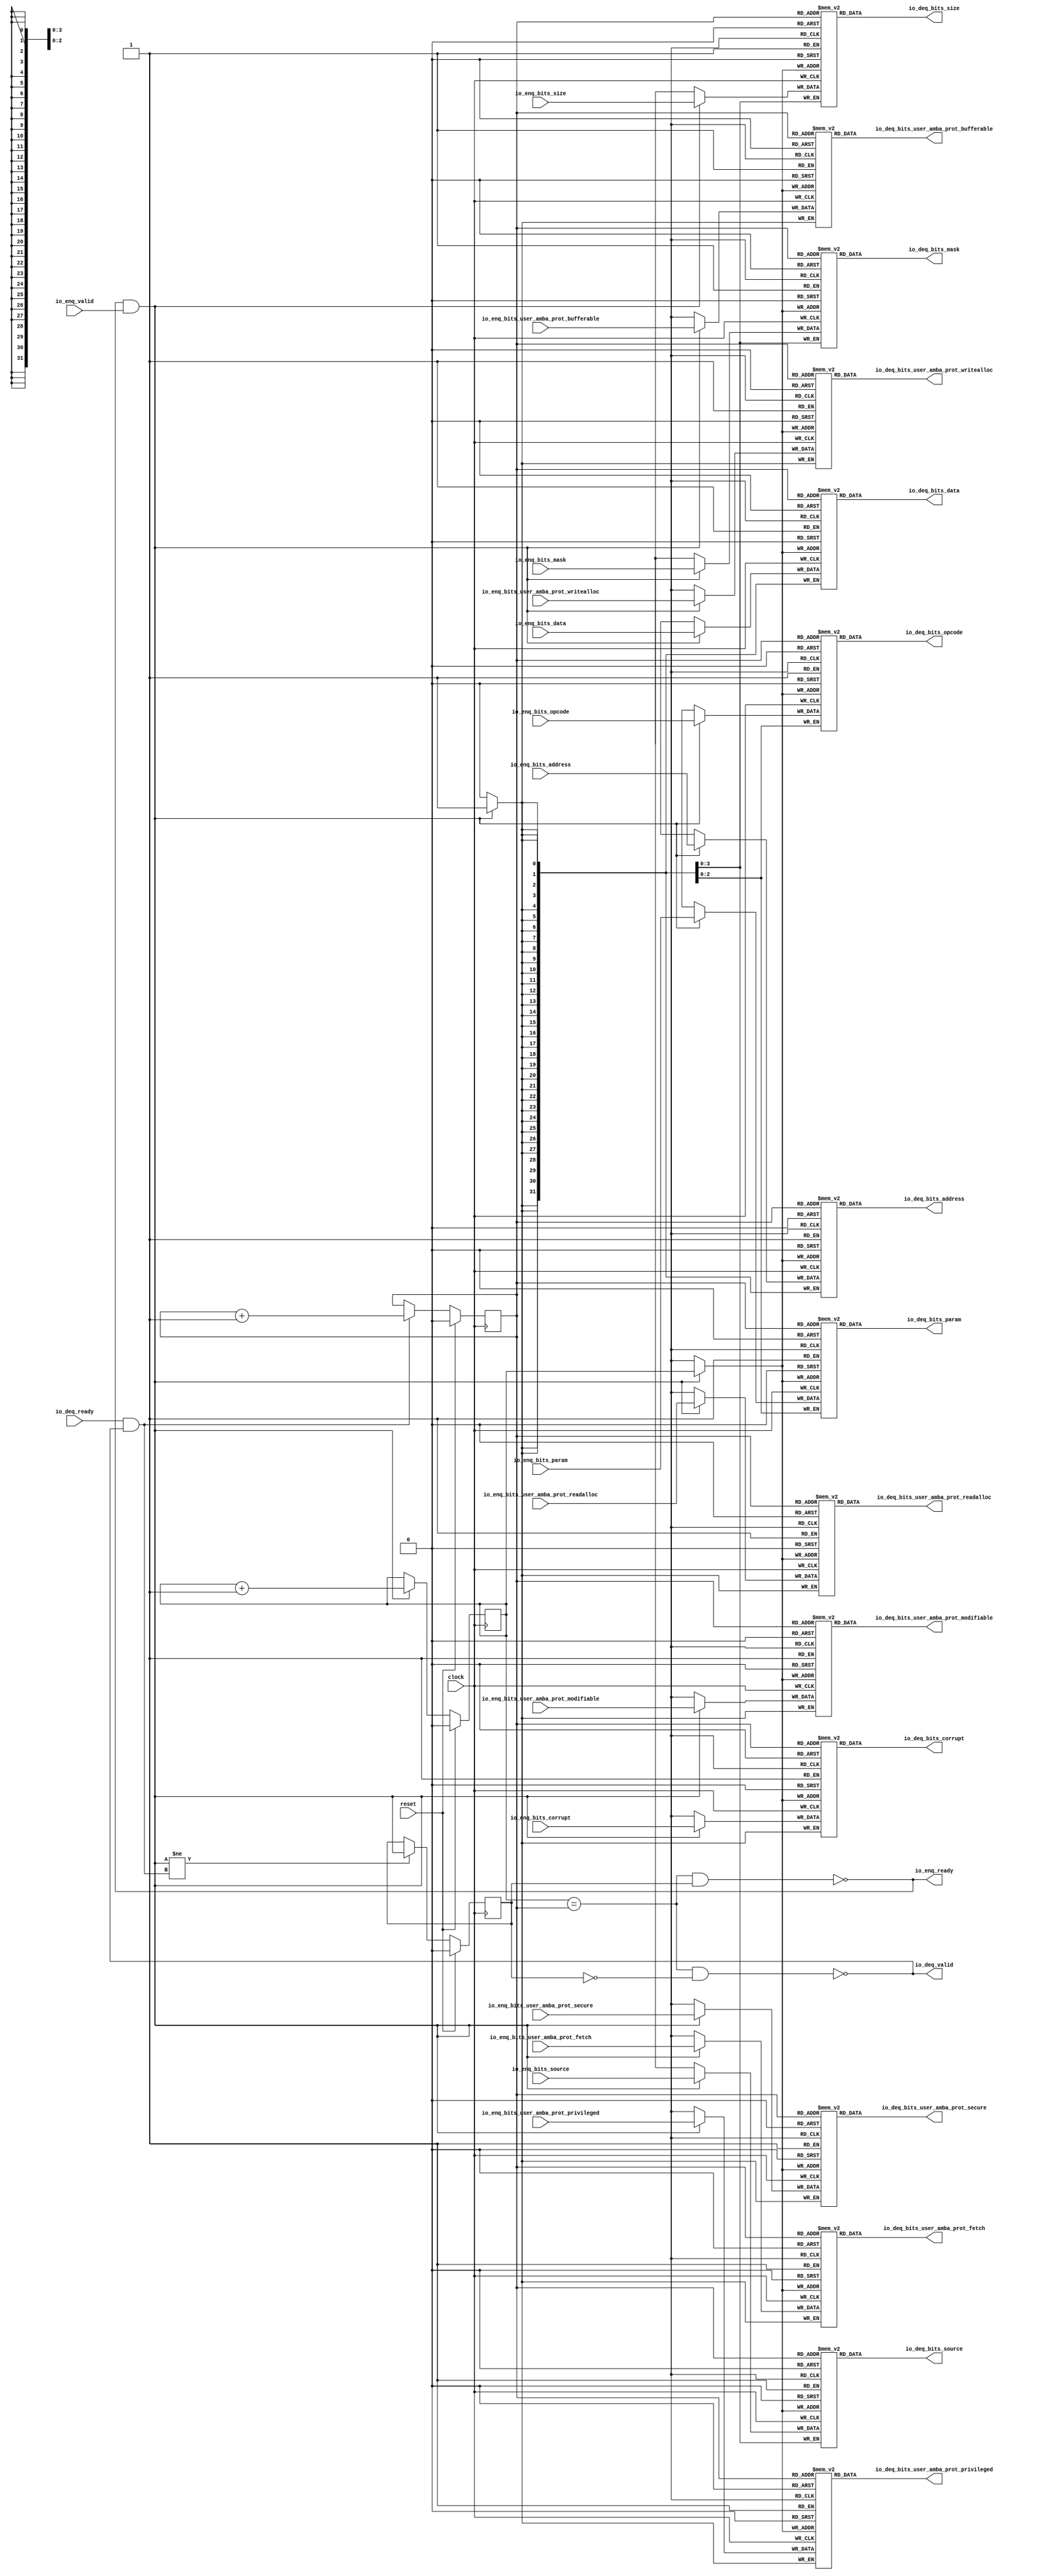
module Queue_12( // @[:freechips.rocketchip.system.DefaultRV32Config.fir@33282.2]
  input         clock, // @[:freechips.rocketchip.system.DefaultRV32Config.fir@33283.4]
  input         reset, // @[:freechips.rocketchip.system.DefaultRV32Config.fir@33284.4]
  output        io_enq_ready, // @[:freechips.rocketchip.system.DefaultRV32Config.fir@33285.4]
  input         io_enq_valid, // @[:freechips.rocketchip.system.DefaultRV32Config.fir@33285.4]
  input  [2:0]  io_enq_bits_opcode, // @[:freechips.rocketchip.system.DefaultRV32Config.fir@33285.4]
  input  [2:0]  io_enq_bits_param, // @[:freechips.rocketchip.system.DefaultRV32Config.fir@33285.4]
  input  [3:0]  io_enq_bits_size, // @[:freechips.rocketchip.system.DefaultRV32Config.fir@33285.4]
  input  [3:0]  io_enq_bits_source, // @[:freechips.rocketchip.system.DefaultRV32Config.fir@33285.4]
  input  [31:0] io_enq_bits_address, // @[:freechips.rocketchip.system.DefaultRV32Config.fir@33285.4]
  input         io_enq_bits_user_amba_prot_bufferable, // @[:freechips.rocketchip.system.DefaultRV32Config.fir@33285.4]
  input         io_enq_bits_user_amba_prot_modifiable, // @[:freechips.rocketchip.system.DefaultRV32Config.fir@33285.4]
  input         io_enq_bits_user_amba_prot_readalloc, // @[:freechips.rocketchip.system.DefaultRV32Config.fir@33285.4]
  input         io_enq_bits_user_amba_prot_writealloc, // @[:freechips.rocketchip.system.DefaultRV32Config.fir@33285.4]
  input         io_enq_bits_user_amba_prot_privileged, // @[:freechips.rocketchip.system.DefaultRV32Config.fir@33285.4]
  input         io_enq_bits_user_amba_prot_secure, // @[:freechips.rocketchip.system.DefaultRV32Config.fir@33285.4]
  input         io_enq_bits_user_amba_prot_fetch, // @[:freechips.rocketchip.system.DefaultRV32Config.fir@33285.4]
  input  [3:0]  io_enq_bits_mask, // @[:freechips.rocketchip.system.DefaultRV32Config.fir@33285.4]
  input  [31:0] io_enq_bits_data, // @[:freechips.rocketchip.system.DefaultRV32Config.fir@33285.4]
  input         io_enq_bits_corrupt, // @[:freechips.rocketchip.system.DefaultRV32Config.fir@33285.4]
  input         io_deq_ready, // @[:freechips.rocketchip.system.DefaultRV32Config.fir@33285.4]
  output        io_deq_valid, // @[:freechips.rocketchip.system.DefaultRV32Config.fir@33285.4]
  output [2:0]  io_deq_bits_opcode, // @[:freechips.rocketchip.system.DefaultRV32Config.fir@33285.4]
  output [2:0]  io_deq_bits_param, // @[:freechips.rocketchip.system.DefaultRV32Config.fir@33285.4]
  output [3:0]  io_deq_bits_size, // @[:freechips.rocketchip.system.DefaultRV32Config.fir@33285.4]
  output [3:0]  io_deq_bits_source, // @[:freechips.rocketchip.system.DefaultRV32Config.fir@33285.4]
  output [31:0] io_deq_bits_address, // @[:freechips.rocketchip.system.DefaultRV32Config.fir@33285.4]
  output        io_deq_bits_user_amba_prot_bufferable, // @[:freechips.rocketchip.system.DefaultRV32Config.fir@33285.4]
  output        io_deq_bits_user_amba_prot_modifiable, // @[:freechips.rocketchip.system.DefaultRV32Config.fir@33285.4]
  output        io_deq_bits_user_amba_prot_readalloc, // @[:freechips.rocketchip.system.DefaultRV32Config.fir@33285.4]
  output        io_deq_bits_user_amba_prot_writealloc, // @[:freechips.rocketchip.system.DefaultRV32Config.fir@33285.4]
  output        io_deq_bits_user_amba_prot_privileged, // @[:freechips.rocketchip.system.DefaultRV32Config.fir@33285.4]
  output        io_deq_bits_user_amba_prot_secure, // @[:freechips.rocketchip.system.DefaultRV32Config.fir@33285.4]
  output        io_deq_bits_user_amba_prot_fetch, // @[:freechips.rocketchip.system.DefaultRV32Config.fir@33285.4]
  output [3:0]  io_deq_bits_mask, // @[:freechips.rocketchip.system.DefaultRV32Config.fir@33285.4]
  output [31:0] io_deq_bits_data, // @[:freechips.rocketchip.system.DefaultRV32Config.fir@33285.4]
  output        io_deq_bits_corrupt // @[:freechips.rocketchip.system.DefaultRV32Config.fir@33285.4]
);
`ifdef RANDOMIZE_MEM_INIT
  reg [31:0] _RAND_0;
  reg [31:0] _RAND_1;
  reg [31:0] _RAND_2;
  reg [31:0] _RAND_3;
  reg [31:0] _RAND_4;
  reg [31:0] _RAND_5;
  reg [31:0] _RAND_6;
  reg [31:0] _RAND_7;
  reg [31:0] _RAND_8;
  reg [31:0] _RAND_9;
  reg [31:0] _RAND_10;
  reg [31:0] _RAND_11;
  reg [31:0] _RAND_12;
  reg [31:0] _RAND_13;
  reg [31:0] _RAND_14;
`endif // RANDOMIZE_MEM_INIT
`ifdef RANDOMIZE_REG_INIT
  reg [31:0] _RAND_15;
  reg [31:0] _RAND_16;
  reg [31:0] _RAND_17;
`endif // RANDOMIZE_REG_INIT
  reg [2:0] ram_opcode [0:1]; // @[Decoupled.scala 209:16:freechips.rocketchip.system.DefaultRV32Config.fir@33287.4]
  wire [2:0] ram_opcode__T_15_data; // @[Decoupled.scala 209:16:freechips.rocketchip.system.DefaultRV32Config.fir@33287.4]
  wire  ram_opcode__T_15_addr; // @[Decoupled.scala 209:16:freechips.rocketchip.system.DefaultRV32Config.fir@33287.4]
  wire [2:0] ram_opcode__T_5_data; // @[Decoupled.scala 209:16:freechips.rocketchip.system.DefaultRV32Config.fir@33287.4]
  wire  ram_opcode__T_5_addr; // @[Decoupled.scala 209:16:freechips.rocketchip.system.DefaultRV32Config.fir@33287.4]
  wire  ram_opcode__T_5_mask; // @[Decoupled.scala 209:16:freechips.rocketchip.system.DefaultRV32Config.fir@33287.4]
  wire  ram_opcode__T_5_en; // @[Decoupled.scala 209:16:freechips.rocketchip.system.DefaultRV32Config.fir@33287.4]
  reg [2:0] ram_param [0:1]; // @[Decoupled.scala 209:16:freechips.rocketchip.system.DefaultRV32Config.fir@33287.4]
  wire [2:0] ram_param__T_15_data; // @[Decoupled.scala 209:16:freechips.rocketchip.system.DefaultRV32Config.fir@33287.4]
  wire  ram_param__T_15_addr; // @[Decoupled.scala 209:16:freechips.rocketchip.system.DefaultRV32Config.fir@33287.4]
  wire [2:0] ram_param__T_5_data; // @[Decoupled.scala 209:16:freechips.rocketchip.system.DefaultRV32Config.fir@33287.4]
  wire  ram_param__T_5_addr; // @[Decoupled.scala 209:16:freechips.rocketchip.system.DefaultRV32Config.fir@33287.4]
  wire  ram_param__T_5_mask; // @[Decoupled.scala 209:16:freechips.rocketchip.system.DefaultRV32Config.fir@33287.4]
  wire  ram_param__T_5_en; // @[Decoupled.scala 209:16:freechips.rocketchip.system.DefaultRV32Config.fir@33287.4]
  reg [3:0] ram_size [0:1]; // @[Decoupled.scala 209:16:freechips.rocketchip.system.DefaultRV32Config.fir@33287.4]
  wire [3:0] ram_size__T_15_data; // @[Decoupled.scala 209:16:freechips.rocketchip.system.DefaultRV32Config.fir@33287.4]
  wire  ram_size__T_15_addr; // @[Decoupled.scala 209:16:freechips.rocketchip.system.DefaultRV32Config.fir@33287.4]
  wire [3:0] ram_size__T_5_data; // @[Decoupled.scala 209:16:freechips.rocketchip.system.DefaultRV32Config.fir@33287.4]
  wire  ram_size__T_5_addr; // @[Decoupled.scala 209:16:freechips.rocketchip.system.DefaultRV32Config.fir@33287.4]
  wire  ram_size__T_5_mask; // @[Decoupled.scala 209:16:freechips.rocketchip.system.DefaultRV32Config.fir@33287.4]
  wire  ram_size__T_5_en; // @[Decoupled.scala 209:16:freechips.rocketchip.system.DefaultRV32Config.fir@33287.4]
  reg [3:0] ram_source [0:1]; // @[Decoupled.scala 209:16:freechips.rocketchip.system.DefaultRV32Config.fir@33287.4]
  wire [3:0] ram_source__T_15_data; // @[Decoupled.scala 209:16:freechips.rocketchip.system.DefaultRV32Config.fir@33287.4]
  wire  ram_source__T_15_addr; // @[Decoupled.scala 209:16:freechips.rocketchip.system.DefaultRV32Config.fir@33287.4]
  wire [3:0] ram_source__T_5_data; // @[Decoupled.scala 209:16:freechips.rocketchip.system.DefaultRV32Config.fir@33287.4]
  wire  ram_source__T_5_addr; // @[Decoupled.scala 209:16:freechips.rocketchip.system.DefaultRV32Config.fir@33287.4]
  wire  ram_source__T_5_mask; // @[Decoupled.scala 209:16:freechips.rocketchip.system.DefaultRV32Config.fir@33287.4]
  wire  ram_source__T_5_en; // @[Decoupled.scala 209:16:freechips.rocketchip.system.DefaultRV32Config.fir@33287.4]
  reg [31:0] ram_address [0:1]; // @[Decoupled.scala 209:16:freechips.rocketchip.system.DefaultRV32Config.fir@33287.4]
  wire [31:0] ram_address__T_15_data; // @[Decoupled.scala 209:16:freechips.rocketchip.system.DefaultRV32Config.fir@33287.4]
  wire  ram_address__T_15_addr; // @[Decoupled.scala 209:16:freechips.rocketchip.system.DefaultRV32Config.fir@33287.4]
  wire [31:0] ram_address__T_5_data; // @[Decoupled.scala 209:16:freechips.rocketchip.system.DefaultRV32Config.fir@33287.4]
  wire  ram_address__T_5_addr; // @[Decoupled.scala 209:16:freechips.rocketchip.system.DefaultRV32Config.fir@33287.4]
  wire  ram_address__T_5_mask; // @[Decoupled.scala 209:16:freechips.rocketchip.system.DefaultRV32Config.fir@33287.4]
  wire  ram_address__T_5_en; // @[Decoupled.scala 209:16:freechips.rocketchip.system.DefaultRV32Config.fir@33287.4]
  reg  ram_user_amba_prot_bufferable [0:1]; // @[Decoupled.scala 209:16:freechips.rocketchip.system.DefaultRV32Config.fir@33287.4]
  wire  ram_user_amba_prot_bufferable__T_15_data; // @[Decoupled.scala 209:16:freechips.rocketchip.system.DefaultRV32Config.fir@33287.4]
  wire  ram_user_amba_prot_bufferable__T_15_addr; // @[Decoupled.scala 209:16:freechips.rocketchip.system.DefaultRV32Config.fir@33287.4]
  wire  ram_user_amba_prot_bufferable__T_5_data; // @[Decoupled.scala 209:16:freechips.rocketchip.system.DefaultRV32Config.fir@33287.4]
  wire  ram_user_amba_prot_bufferable__T_5_addr; // @[Decoupled.scala 209:16:freechips.rocketchip.system.DefaultRV32Config.fir@33287.4]
  wire  ram_user_amba_prot_bufferable__T_5_mask; // @[Decoupled.scala 209:16:freechips.rocketchip.system.DefaultRV32Config.fir@33287.4]
  wire  ram_user_amba_prot_bufferable__T_5_en; // @[Decoupled.scala 209:16:freechips.rocketchip.system.DefaultRV32Config.fir@33287.4]
  reg  ram_user_amba_prot_modifiable [0:1]; // @[Decoupled.scala 209:16:freechips.rocketchip.system.DefaultRV32Config.fir@33287.4]
  wire  ram_user_amba_prot_modifiable__T_15_data; // @[Decoupled.scala 209:16:freechips.rocketchip.system.DefaultRV32Config.fir@33287.4]
  wire  ram_user_amba_prot_modifiable__T_15_addr; // @[Decoupled.scala 209:16:freechips.rocketchip.system.DefaultRV32Config.fir@33287.4]
  wire  ram_user_amba_prot_modifiable__T_5_data; // @[Decoupled.scala 209:16:freechips.rocketchip.system.DefaultRV32Config.fir@33287.4]
  wire  ram_user_amba_prot_modifiable__T_5_addr; // @[Decoupled.scala 209:16:freechips.rocketchip.system.DefaultRV32Config.fir@33287.4]
  wire  ram_user_amba_prot_modifiable__T_5_mask; // @[Decoupled.scala 209:16:freechips.rocketchip.system.DefaultRV32Config.fir@33287.4]
  wire  ram_user_amba_prot_modifiable__T_5_en; // @[Decoupled.scala 209:16:freechips.rocketchip.system.DefaultRV32Config.fir@33287.4]
  reg  ram_user_amba_prot_readalloc [0:1]; // @[Decoupled.scala 209:16:freechips.rocketchip.system.DefaultRV32Config.fir@33287.4]
  wire  ram_user_amba_prot_readalloc__T_15_data; // @[Decoupled.scala 209:16:freechips.rocketchip.system.DefaultRV32Config.fir@33287.4]
  wire  ram_user_amba_prot_readalloc__T_15_addr; // @[Decoupled.scala 209:16:freechips.rocketchip.system.DefaultRV32Config.fir@33287.4]
  wire  ram_user_amba_prot_readalloc__T_5_data; // @[Decoupled.scala 209:16:freechips.rocketchip.system.DefaultRV32Config.fir@33287.4]
  wire  ram_user_amba_prot_readalloc__T_5_addr; // @[Decoupled.scala 209:16:freechips.rocketchip.system.DefaultRV32Config.fir@33287.4]
  wire  ram_user_amba_prot_readalloc__T_5_mask; // @[Decoupled.scala 209:16:freechips.rocketchip.system.DefaultRV32Config.fir@33287.4]
  wire  ram_user_amba_prot_readalloc__T_5_en; // @[Decoupled.scala 209:16:freechips.rocketchip.system.DefaultRV32Config.fir@33287.4]
  reg  ram_user_amba_prot_writealloc [0:1]; // @[Decoupled.scala 209:16:freechips.rocketchip.system.DefaultRV32Config.fir@33287.4]
  wire  ram_user_amba_prot_writealloc__T_15_data; // @[Decoupled.scala 209:16:freechips.rocketchip.system.DefaultRV32Config.fir@33287.4]
  wire  ram_user_amba_prot_writealloc__T_15_addr; // @[Decoupled.scala 209:16:freechips.rocketchip.system.DefaultRV32Config.fir@33287.4]
  wire  ram_user_amba_prot_writealloc__T_5_data; // @[Decoupled.scala 209:16:freechips.rocketchip.system.DefaultRV32Config.fir@33287.4]
  wire  ram_user_amba_prot_writealloc__T_5_addr; // @[Decoupled.scala 209:16:freechips.rocketchip.system.DefaultRV32Config.fir@33287.4]
  wire  ram_user_amba_prot_writealloc__T_5_mask; // @[Decoupled.scala 209:16:freechips.rocketchip.system.DefaultRV32Config.fir@33287.4]
  wire  ram_user_amba_prot_writealloc__T_5_en; // @[Decoupled.scala 209:16:freechips.rocketchip.system.DefaultRV32Config.fir@33287.4]
  reg  ram_user_amba_prot_privileged [0:1]; // @[Decoupled.scala 209:16:freechips.rocketchip.system.DefaultRV32Config.fir@33287.4]
  wire  ram_user_amba_prot_privileged__T_15_data; // @[Decoupled.scala 209:16:freechips.rocketchip.system.DefaultRV32Config.fir@33287.4]
  wire  ram_user_amba_prot_privileged__T_15_addr; // @[Decoupled.scala 209:16:freechips.rocketchip.system.DefaultRV32Config.fir@33287.4]
  wire  ram_user_amba_prot_privileged__T_5_data; // @[Decoupled.scala 209:16:freechips.rocketchip.system.DefaultRV32Config.fir@33287.4]
  wire  ram_user_amba_prot_privileged__T_5_addr; // @[Decoupled.scala 209:16:freechips.rocketchip.system.DefaultRV32Config.fir@33287.4]
  wire  ram_user_amba_prot_privileged__T_5_mask; // @[Decoupled.scala 209:16:freechips.rocketchip.system.DefaultRV32Config.fir@33287.4]
  wire  ram_user_amba_prot_privileged__T_5_en; // @[Decoupled.scala 209:16:freechips.rocketchip.system.DefaultRV32Config.fir@33287.4]
  reg  ram_user_amba_prot_secure [0:1]; // @[Decoupled.scala 209:16:freechips.rocketchip.system.DefaultRV32Config.fir@33287.4]
  wire  ram_user_amba_prot_secure__T_15_data; // @[Decoupled.scala 209:16:freechips.rocketchip.system.DefaultRV32Config.fir@33287.4]
  wire  ram_user_amba_prot_secure__T_15_addr; // @[Decoupled.scala 209:16:freechips.rocketchip.system.DefaultRV32Config.fir@33287.4]
  wire  ram_user_amba_prot_secure__T_5_data; // @[Decoupled.scala 209:16:freechips.rocketchip.system.DefaultRV32Config.fir@33287.4]
  wire  ram_user_amba_prot_secure__T_5_addr; // @[Decoupled.scala 209:16:freechips.rocketchip.system.DefaultRV32Config.fir@33287.4]
  wire  ram_user_amba_prot_secure__T_5_mask; // @[Decoupled.scala 209:16:freechips.rocketchip.system.DefaultRV32Config.fir@33287.4]
  wire  ram_user_amba_prot_secure__T_5_en; // @[Decoupled.scala 209:16:freechips.rocketchip.system.DefaultRV32Config.fir@33287.4]
  reg  ram_user_amba_prot_fetch [0:1]; // @[Decoupled.scala 209:16:freechips.rocketchip.system.DefaultRV32Config.fir@33287.4]
  wire  ram_user_amba_prot_fetch__T_15_data; // @[Decoupled.scala 209:16:freechips.rocketchip.system.DefaultRV32Config.fir@33287.4]
  wire  ram_user_amba_prot_fetch__T_15_addr; // @[Decoupled.scala 209:16:freechips.rocketchip.system.DefaultRV32Config.fir@33287.4]
  wire  ram_user_amba_prot_fetch__T_5_data; // @[Decoupled.scala 209:16:freechips.rocketchip.system.DefaultRV32Config.fir@33287.4]
  wire  ram_user_amba_prot_fetch__T_5_addr; // @[Decoupled.scala 209:16:freechips.rocketchip.system.DefaultRV32Config.fir@33287.4]
  wire  ram_user_amba_prot_fetch__T_5_mask; // @[Decoupled.scala 209:16:freechips.rocketchip.system.DefaultRV32Config.fir@33287.4]
  wire  ram_user_amba_prot_fetch__T_5_en; // @[Decoupled.scala 209:16:freechips.rocketchip.system.DefaultRV32Config.fir@33287.4]
  reg [3:0] ram_mask [0:1]; // @[Decoupled.scala 209:16:freechips.rocketchip.system.DefaultRV32Config.fir@33287.4]
  wire [3:0] ram_mask__T_15_data; // @[Decoupled.scala 209:16:freechips.rocketchip.system.DefaultRV32Config.fir@33287.4]
  wire  ram_mask__T_15_addr; // @[Decoupled.scala 209:16:freechips.rocketchip.system.DefaultRV32Config.fir@33287.4]
  wire [3:0] ram_mask__T_5_data; // @[Decoupled.scala 209:16:freechips.rocketchip.system.DefaultRV32Config.fir@33287.4]
  wire  ram_mask__T_5_addr; // @[Decoupled.scala 209:16:freechips.rocketchip.system.DefaultRV32Config.fir@33287.4]
  wire  ram_mask__T_5_mask; // @[Decoupled.scala 209:16:freechips.rocketchip.system.DefaultRV32Config.fir@33287.4]
  wire  ram_mask__T_5_en; // @[Decoupled.scala 209:16:freechips.rocketchip.system.DefaultRV32Config.fir@33287.4]
  reg [31:0] ram_data [0:1]; // @[Decoupled.scala 209:16:freechips.rocketchip.system.DefaultRV32Config.fir@33287.4]
  wire [31:0] ram_data__T_15_data; // @[Decoupled.scala 209:16:freechips.rocketchip.system.DefaultRV32Config.fir@33287.4]
  wire  ram_data__T_15_addr; // @[Decoupled.scala 209:16:freechips.rocketchip.system.DefaultRV32Config.fir@33287.4]
  wire [31:0] ram_data__T_5_data; // @[Decoupled.scala 209:16:freechips.rocketchip.system.DefaultRV32Config.fir@33287.4]
  wire  ram_data__T_5_addr; // @[Decoupled.scala 209:16:freechips.rocketchip.system.DefaultRV32Config.fir@33287.4]
  wire  ram_data__T_5_mask; // @[Decoupled.scala 209:16:freechips.rocketchip.system.DefaultRV32Config.fir@33287.4]
  wire  ram_data__T_5_en; // @[Decoupled.scala 209:16:freechips.rocketchip.system.DefaultRV32Config.fir@33287.4]
  reg  ram_corrupt [0:1]; // @[Decoupled.scala 209:16:freechips.rocketchip.system.DefaultRV32Config.fir@33287.4]
  wire  ram_corrupt__T_15_data; // @[Decoupled.scala 209:16:freechips.rocketchip.system.DefaultRV32Config.fir@33287.4]
  wire  ram_corrupt__T_15_addr; // @[Decoupled.scala 209:16:freechips.rocketchip.system.DefaultRV32Config.fir@33287.4]
  wire  ram_corrupt__T_5_data; // @[Decoupled.scala 209:16:freechips.rocketchip.system.DefaultRV32Config.fir@33287.4]
  wire  ram_corrupt__T_5_addr; // @[Decoupled.scala 209:16:freechips.rocketchip.system.DefaultRV32Config.fir@33287.4]
  wire  ram_corrupt__T_5_mask; // @[Decoupled.scala 209:16:freechips.rocketchip.system.DefaultRV32Config.fir@33287.4]
  wire  ram_corrupt__T_5_en; // @[Decoupled.scala 209:16:freechips.rocketchip.system.DefaultRV32Config.fir@33287.4]
  reg  _T; // @[Counter.scala 29:33:freechips.rocketchip.system.DefaultRV32Config.fir@33288.4]
  reg  _T_1; // @[Counter.scala 29:33:freechips.rocketchip.system.DefaultRV32Config.fir@33289.4]
  reg  maybe_full; // @[Decoupled.scala 212:27:freechips.rocketchip.system.DefaultRV32Config.fir@33290.4]
  wire  ptr_match; // @[Decoupled.scala 214:33:freechips.rocketchip.system.DefaultRV32Config.fir@33291.4]
  wire  _T_2; // @[Decoupled.scala 215:28:freechips.rocketchip.system.DefaultRV32Config.fir@33292.4]
  wire  empty; // @[Decoupled.scala 215:25:freechips.rocketchip.system.DefaultRV32Config.fir@33293.4]
  wire  full; // @[Decoupled.scala 216:24:freechips.rocketchip.system.DefaultRV32Config.fir@33294.4]
  wire  do_enq; // @[Decoupled.scala 40:37:freechips.rocketchip.system.DefaultRV32Config.fir@33295.4]
  wire  do_deq; // @[Decoupled.scala 40:37:freechips.rocketchip.system.DefaultRV32Config.fir@33298.4]
  wire  _T_8; // @[Counter.scala 39:22:freechips.rocketchip.system.DefaultRV32Config.fir@33320.6]
  wire  _T_11; // @[Counter.scala 39:22:freechips.rocketchip.system.DefaultRV32Config.fir@33326.6]
  wire  _T_12; // @[Decoupled.scala 227:16:freechips.rocketchip.system.DefaultRV32Config.fir@33329.4]
  assign ram_opcode__T_15_addr = _T_1;
  assign ram_opcode__T_15_data = ram_opcode[ram_opcode__T_15_addr]; // @[Decoupled.scala 209:16:freechips.rocketchip.system.DefaultRV32Config.fir@33287.4]
  assign ram_opcode__T_5_data = io_enq_bits_opcode;
  assign ram_opcode__T_5_addr = _T;
  assign ram_opcode__T_5_mask = 1'h1;
  assign ram_opcode__T_5_en = io_enq_ready & io_enq_valid;
  assign ram_param__T_15_addr = _T_1;
  assign ram_param__T_15_data = ram_param[ram_param__T_15_addr]; // @[Decoupled.scala 209:16:freechips.rocketchip.system.DefaultRV32Config.fir@33287.4]
  assign ram_param__T_5_data = io_enq_bits_param;
  assign ram_param__T_5_addr = _T;
  assign ram_param__T_5_mask = 1'h1;
  assign ram_param__T_5_en = io_enq_ready & io_enq_valid;
  assign ram_size__T_15_addr = _T_1;
  assign ram_size__T_15_data = ram_size[ram_size__T_15_addr]; // @[Decoupled.scala 209:16:freechips.rocketchip.system.DefaultRV32Config.fir@33287.4]
  assign ram_size__T_5_data = io_enq_bits_size;
  assign ram_size__T_5_addr = _T;
  assign ram_size__T_5_mask = 1'h1;
  assign ram_size__T_5_en = io_enq_ready & io_enq_valid;
  assign ram_source__T_15_addr = _T_1;
  assign ram_source__T_15_data = ram_source[ram_source__T_15_addr]; // @[Decoupled.scala 209:16:freechips.rocketchip.system.DefaultRV32Config.fir@33287.4]
  assign ram_source__T_5_data = io_enq_bits_source;
  assign ram_source__T_5_addr = _T;
  assign ram_source__T_5_mask = 1'h1;
  assign ram_source__T_5_en = io_enq_ready & io_enq_valid;
  assign ram_address__T_15_addr = _T_1;
  assign ram_address__T_15_data = ram_address[ram_address__T_15_addr]; // @[Decoupled.scala 209:16:freechips.rocketchip.system.DefaultRV32Config.fir@33287.4]
  assign ram_address__T_5_data = io_enq_bits_address;
  assign ram_address__T_5_addr = _T;
  assign ram_address__T_5_mask = 1'h1;
  assign ram_address__T_5_en = io_enq_ready & io_enq_valid;
  assign ram_user_amba_prot_bufferable__T_15_addr = _T_1;
  assign ram_user_amba_prot_bufferable__T_15_data = ram_user_amba_prot_bufferable[ram_user_amba_prot_bufferable__T_15_addr]; // @[Decoupled.scala 209:16:freechips.rocketchip.system.DefaultRV32Config.fir@33287.4]
  assign ram_user_amba_prot_bufferable__T_5_data = io_enq_bits_user_amba_prot_bufferable;
  assign ram_user_amba_prot_bufferable__T_5_addr = _T;
  assign ram_user_amba_prot_bufferable__T_5_mask = 1'h1;
  assign ram_user_amba_prot_bufferable__T_5_en = io_enq_ready & io_enq_valid;
  assign ram_user_amba_prot_modifiable__T_15_addr = _T_1;
  assign ram_user_amba_prot_modifiable__T_15_data = ram_user_amba_prot_modifiable[ram_user_amba_prot_modifiable__T_15_addr]; // @[Decoupled.scala 209:16:freechips.rocketchip.system.DefaultRV32Config.fir@33287.4]
  assign ram_user_amba_prot_modifiable__T_5_data = io_enq_bits_user_amba_prot_modifiable;
  assign ram_user_amba_prot_modifiable__T_5_addr = _T;
  assign ram_user_amba_prot_modifiable__T_5_mask = 1'h1;
  assign ram_user_amba_prot_modifiable__T_5_en = io_enq_ready & io_enq_valid;
  assign ram_user_amba_prot_readalloc__T_15_addr = _T_1;
  assign ram_user_amba_prot_readalloc__T_15_data = ram_user_amba_prot_readalloc[ram_user_amba_prot_readalloc__T_15_addr]; // @[Decoupled.scala 209:16:freechips.rocketchip.system.DefaultRV32Config.fir@33287.4]
  assign ram_user_amba_prot_readalloc__T_5_data = io_enq_bits_user_amba_prot_readalloc;
  assign ram_user_amba_prot_readalloc__T_5_addr = _T;
  assign ram_user_amba_prot_readalloc__T_5_mask = 1'h1;
  assign ram_user_amba_prot_readalloc__T_5_en = io_enq_ready & io_enq_valid;
  assign ram_user_amba_prot_writealloc__T_15_addr = _T_1;
  assign ram_user_amba_prot_writealloc__T_15_data = ram_user_amba_prot_writealloc[ram_user_amba_prot_writealloc__T_15_addr]; // @[Decoupled.scala 209:16:freechips.rocketchip.system.DefaultRV32Config.fir@33287.4]
  assign ram_user_amba_prot_writealloc__T_5_data = io_enq_bits_user_amba_prot_writealloc;
  assign ram_user_amba_prot_writealloc__T_5_addr = _T;
  assign ram_user_amba_prot_writealloc__T_5_mask = 1'h1;
  assign ram_user_amba_prot_writealloc__T_5_en = io_enq_ready & io_enq_valid;
  assign ram_user_amba_prot_privileged__T_15_addr = _T_1;
  assign ram_user_amba_prot_privileged__T_15_data = ram_user_amba_prot_privileged[ram_user_amba_prot_privileged__T_15_addr]; // @[Decoupled.scala 209:16:freechips.rocketchip.system.DefaultRV32Config.fir@33287.4]
  assign ram_user_amba_prot_privileged__T_5_data = io_enq_bits_user_amba_prot_privileged;
  assign ram_user_amba_prot_privileged__T_5_addr = _T;
  assign ram_user_amba_prot_privileged__T_5_mask = 1'h1;
  assign ram_user_amba_prot_privileged__T_5_en = io_enq_ready & io_enq_valid;
  assign ram_user_amba_prot_secure__T_15_addr = _T_1;
  assign ram_user_amba_prot_secure__T_15_data = ram_user_amba_prot_secure[ram_user_amba_prot_secure__T_15_addr]; // @[Decoupled.scala 209:16:freechips.rocketchip.system.DefaultRV32Config.fir@33287.4]
  assign ram_user_amba_prot_secure__T_5_data = io_enq_bits_user_amba_prot_secure;
  assign ram_user_amba_prot_secure__T_5_addr = _T;
  assign ram_user_amba_prot_secure__T_5_mask = 1'h1;
  assign ram_user_amba_prot_secure__T_5_en = io_enq_ready & io_enq_valid;
  assign ram_user_amba_prot_fetch__T_15_addr = _T_1;
  assign ram_user_amba_prot_fetch__T_15_data = ram_user_amba_prot_fetch[ram_user_amba_prot_fetch__T_15_addr]; // @[Decoupled.scala 209:16:freechips.rocketchip.system.DefaultRV32Config.fir@33287.4]
  assign ram_user_amba_prot_fetch__T_5_data = io_enq_bits_user_amba_prot_fetch;
  assign ram_user_amba_prot_fetch__T_5_addr = _T;
  assign ram_user_amba_prot_fetch__T_5_mask = 1'h1;
  assign ram_user_amba_prot_fetch__T_5_en = io_enq_ready & io_enq_valid;
  assign ram_mask__T_15_addr = _T_1;
  assign ram_mask__T_15_data = ram_mask[ram_mask__T_15_addr]; // @[Decoupled.scala 209:16:freechips.rocketchip.system.DefaultRV32Config.fir@33287.4]
  assign ram_mask__T_5_data = io_enq_bits_mask;
  assign ram_mask__T_5_addr = _T;
  assign ram_mask__T_5_mask = 1'h1;
  assign ram_mask__T_5_en = io_enq_ready & io_enq_valid;
  assign ram_data__T_15_addr = _T_1;
  assign ram_data__T_15_data = ram_data[ram_data__T_15_addr]; // @[Decoupled.scala 209:16:freechips.rocketchip.system.DefaultRV32Config.fir@33287.4]
  assign ram_data__T_5_data = io_enq_bits_data;
  assign ram_data__T_5_addr = _T;
  assign ram_data__T_5_mask = 1'h1;
  assign ram_data__T_5_en = io_enq_ready & io_enq_valid;
  assign ram_corrupt__T_15_addr = _T_1;
  assign ram_corrupt__T_15_data = ram_corrupt[ram_corrupt__T_15_addr]; // @[Decoupled.scala 209:16:freechips.rocketchip.system.DefaultRV32Config.fir@33287.4]
  assign ram_corrupt__T_5_data = io_enq_bits_corrupt;
  assign ram_corrupt__T_5_addr = _T;
  assign ram_corrupt__T_5_mask = 1'h1;
  assign ram_corrupt__T_5_en = io_enq_ready & io_enq_valid;
  assign ptr_match = _T == _T_1; // @[Decoupled.scala 214:33:freechips.rocketchip.system.DefaultRV32Config.fir@33291.4]
  assign _T_2 = ~maybe_full; // @[Decoupled.scala 215:28:freechips.rocketchip.system.DefaultRV32Config.fir@33292.4]
  assign empty = ptr_match & _T_2; // @[Decoupled.scala 215:25:freechips.rocketchip.system.DefaultRV32Config.fir@33293.4]
  assign full = ptr_match & maybe_full; // @[Decoupled.scala 216:24:freechips.rocketchip.system.DefaultRV32Config.fir@33294.4]
  assign do_enq = io_enq_ready & io_enq_valid; // @[Decoupled.scala 40:37:freechips.rocketchip.system.DefaultRV32Config.fir@33295.4]
  assign do_deq = io_deq_ready & io_deq_valid; // @[Decoupled.scala 40:37:freechips.rocketchip.system.DefaultRV32Config.fir@33298.4]
  assign _T_8 = _T + 1'h1; // @[Counter.scala 39:22:freechips.rocketchip.system.DefaultRV32Config.fir@33320.6]
  assign _T_11 = _T_1 + 1'h1; // @[Counter.scala 39:22:freechips.rocketchip.system.DefaultRV32Config.fir@33326.6]
  assign _T_12 = do_enq != do_deq; // @[Decoupled.scala 227:16:freechips.rocketchip.system.DefaultRV32Config.fir@33329.4]
  assign io_enq_ready = ~full; // @[Decoupled.scala 232:16:freechips.rocketchip.system.DefaultRV32Config.fir@33336.4]
  assign io_deq_valid = ~empty; // @[Decoupled.scala 231:16:freechips.rocketchip.system.DefaultRV32Config.fir@33334.4]
  assign io_deq_bits_opcode = ram_opcode__T_15_data; // @[Decoupled.scala 233:15:freechips.rocketchip.system.DefaultRV32Config.fir@33352.4]
  assign io_deq_bits_param = ram_param__T_15_data; // @[Decoupled.scala 233:15:freechips.rocketchip.system.DefaultRV32Config.fir@33351.4]
  assign io_deq_bits_size = ram_size__T_15_data; // @[Decoupled.scala 233:15:freechips.rocketchip.system.DefaultRV32Config.fir@33350.4]
  assign io_deq_bits_source = ram_source__T_15_data; // @[Decoupled.scala 233:15:freechips.rocketchip.system.DefaultRV32Config.fir@33349.4]
  assign io_deq_bits_address = ram_address__T_15_data; // @[Decoupled.scala 233:15:freechips.rocketchip.system.DefaultRV32Config.fir@33348.4]
  assign io_deq_bits_user_amba_prot_bufferable = ram_user_amba_prot_bufferable__T_15_data; // @[Decoupled.scala 233:15:freechips.rocketchip.system.DefaultRV32Config.fir@33347.4]
  assign io_deq_bits_user_amba_prot_modifiable = ram_user_amba_prot_modifiable__T_15_data; // @[Decoupled.scala 233:15:freechips.rocketchip.system.DefaultRV32Config.fir@33346.4]
  assign io_deq_bits_user_amba_prot_readalloc = ram_user_amba_prot_readalloc__T_15_data; // @[Decoupled.scala 233:15:freechips.rocketchip.system.DefaultRV32Config.fir@33345.4]
  assign io_deq_bits_user_amba_prot_writealloc = ram_user_amba_prot_writealloc__T_15_data; // @[Decoupled.scala 233:15:freechips.rocketchip.system.DefaultRV32Config.fir@33344.4]
  assign io_deq_bits_user_amba_prot_privileged = ram_user_amba_prot_privileged__T_15_data; // @[Decoupled.scala 233:15:freechips.rocketchip.system.DefaultRV32Config.fir@33343.4]
  assign io_deq_bits_user_amba_prot_secure = ram_user_amba_prot_secure__T_15_data; // @[Decoupled.scala 233:15:freechips.rocketchip.system.DefaultRV32Config.fir@33342.4]
  assign io_deq_bits_user_amba_prot_fetch = ram_user_amba_prot_fetch__T_15_data; // @[Decoupled.scala 233:15:freechips.rocketchip.system.DefaultRV32Config.fir@33341.4]
  assign io_deq_bits_mask = ram_mask__T_15_data; // @[Decoupled.scala 233:15:freechips.rocketchip.system.DefaultRV32Config.fir@33340.4]
  assign io_deq_bits_data = ram_data__T_15_data; // @[Decoupled.scala 233:15:freechips.rocketchip.system.DefaultRV32Config.fir@33339.4]
  assign io_deq_bits_corrupt = ram_corrupt__T_15_data; // @[Decoupled.scala 233:15:freechips.rocketchip.system.DefaultRV32Config.fir@33338.4]
`ifdef RANDOMIZE_GARBAGE_ASSIGN
`define RANDOMIZE
`endif
`ifdef RANDOMIZE_INVALID_ASSIGN
`define RANDOMIZE
`endif
`ifdef RANDOMIZE_REG_INIT
`define RANDOMIZE
`endif
`ifdef RANDOMIZE_MEM_INIT
`define RANDOMIZE
`endif
`ifndef RANDOM
`define RANDOM $random
`endif
`ifdef RANDOMIZE_MEM_INIT
  integer initvar;
`endif
`ifndef SYNTHESIS
`ifdef FIRRTL_BEFORE_INITIAL
`FIRRTL_BEFORE_INITIAL
`endif
initial begin
  `ifdef RANDOMIZE
    `ifdef INIT_RANDOM
      `INIT_RANDOM
    `endif
    `ifndef VERILATOR
      `ifdef RANDOMIZE_DELAY
        #`RANDOMIZE_DELAY begin end
      `else
        #0.002 begin end
      `endif
    `endif
`ifdef RANDOMIZE_MEM_INIT
  _RAND_0 = {1{`RANDOM}};
  for (initvar = 0; initvar < 2; initvar = initvar+1)
    ram_opcode[initvar] = _RAND_0[2:0];
  _RAND_1 = {1{`RANDOM}};
  for (initvar = 0; initvar < 2; initvar = initvar+1)
    ram_param[initvar] = _RAND_1[2:0];
  _RAND_2 = {1{`RANDOM}};
  for (initvar = 0; initvar < 2; initvar = initvar+1)
    ram_size[initvar] = _RAND_2[3:0];
  _RAND_3 = {1{`RANDOM}};
  for (initvar = 0; initvar < 2; initvar = initvar+1)
    ram_source[initvar] = _RAND_3[3:0];
  _RAND_4 = {1{`RANDOM}};
  for (initvar = 0; initvar < 2; initvar = initvar+1)
    ram_address[initvar] = _RAND_4[31:0];
  _RAND_5 = {1{`RANDOM}};
  for (initvar = 0; initvar < 2; initvar = initvar+1)
    ram_user_amba_prot_bufferable[initvar] = _RAND_5[0:0];
  _RAND_6 = {1{`RANDOM}};
  for (initvar = 0; initvar < 2; initvar = initvar+1)
    ram_user_amba_prot_modifiable[initvar] = _RAND_6[0:0];
  _RAND_7 = {1{`RANDOM}};
  for (initvar = 0; initvar < 2; initvar = initvar+1)
    ram_user_amba_prot_readalloc[initvar] = _RAND_7[0:0];
  _RAND_8 = {1{`RANDOM}};
  for (initvar = 0; initvar < 2; initvar = initvar+1)
    ram_user_amba_prot_writealloc[initvar] = _RAND_8[0:0];
  _RAND_9 = {1{`RANDOM}};
  for (initvar = 0; initvar < 2; initvar = initvar+1)
    ram_user_amba_prot_privileged[initvar] = _RAND_9[0:0];
  _RAND_10 = {1{`RANDOM}};
  for (initvar = 0; initvar < 2; initvar = initvar+1)
    ram_user_amba_prot_secure[initvar] = _RAND_10[0:0];
  _RAND_11 = {1{`RANDOM}};
  for (initvar = 0; initvar < 2; initvar = initvar+1)
    ram_user_amba_prot_fetch[initvar] = _RAND_11[0:0];
  _RAND_12 = {1{`RANDOM}};
  for (initvar = 0; initvar < 2; initvar = initvar+1)
    ram_mask[initvar] = _RAND_12[3:0];
  _RAND_13 = {1{`RANDOM}};
  for (initvar = 0; initvar < 2; initvar = initvar+1)
    ram_data[initvar] = _RAND_13[31:0];
  _RAND_14 = {1{`RANDOM}};
  for (initvar = 0; initvar < 2; initvar = initvar+1)
    ram_corrupt[initvar] = _RAND_14[0:0];
`endif // RANDOMIZE_MEM_INIT
`ifdef RANDOMIZE_REG_INIT
  _RAND_15 = {1{`RANDOM}};
  _T = _RAND_15[0:0];
  _RAND_16 = {1{`RANDOM}};
  _T_1 = _RAND_16[0:0];
  _RAND_17 = {1{`RANDOM}};
  maybe_full = _RAND_17[0:0];
`endif // RANDOMIZE_REG_INIT
  `endif // RANDOMIZE
end // initial
`ifdef FIRRTL_AFTER_INITIAL
`FIRRTL_AFTER_INITIAL
`endif
`endif // SYNTHESIS
  always @(posedge clock) begin
    if(ram_opcode__T_5_en & ram_opcode__T_5_mask) begin
      ram_opcode[ram_opcode__T_5_addr] <= ram_opcode__T_5_data; // @[Decoupled.scala 209:16:freechips.rocketchip.system.DefaultRV32Config.fir@33287.4]
    end
    if(ram_param__T_5_en & ram_param__T_5_mask) begin
      ram_param[ram_param__T_5_addr] <= ram_param__T_5_data; // @[Decoupled.scala 209:16:freechips.rocketchip.system.DefaultRV32Config.fir@33287.4]
    end
    if(ram_size__T_5_en & ram_size__T_5_mask) begin
      ram_size[ram_size__T_5_addr] <= ram_size__T_5_data; // @[Decoupled.scala 209:16:freechips.rocketchip.system.DefaultRV32Config.fir@33287.4]
    end
    if(ram_source__T_5_en & ram_source__T_5_mask) begin
      ram_source[ram_source__T_5_addr] <= ram_source__T_5_data; // @[Decoupled.scala 209:16:freechips.rocketchip.system.DefaultRV32Config.fir@33287.4]
    end
    if(ram_address__T_5_en & ram_address__T_5_mask) begin
      ram_address[ram_address__T_5_addr] <= ram_address__T_5_data; // @[Decoupled.scala 209:16:freechips.rocketchip.system.DefaultRV32Config.fir@33287.4]
    end
    if(ram_user_amba_prot_bufferable__T_5_en & ram_user_amba_prot_bufferable__T_5_mask) begin
      ram_user_amba_prot_bufferable[ram_user_amba_prot_bufferable__T_5_addr] <= ram_user_amba_prot_bufferable__T_5_data; // @[Decoupled.scala 209:16:freechips.rocketchip.system.DefaultRV32Config.fir@33287.4]
    end
    if(ram_user_amba_prot_modifiable__T_5_en & ram_user_amba_prot_modifiable__T_5_mask) begin
      ram_user_amba_prot_modifiable[ram_user_amba_prot_modifiable__T_5_addr] <= ram_user_amba_prot_modifiable__T_5_data; // @[Decoupled.scala 209:16:freechips.rocketchip.system.DefaultRV32Config.fir@33287.4]
    end
    if(ram_user_amba_prot_readalloc__T_5_en & ram_user_amba_prot_readalloc__T_5_mask) begin
      ram_user_amba_prot_readalloc[ram_user_amba_prot_readalloc__T_5_addr] <= ram_user_amba_prot_readalloc__T_5_data; // @[Decoupled.scala 209:16:freechips.rocketchip.system.DefaultRV32Config.fir@33287.4]
    end
    if(ram_user_amba_prot_writealloc__T_5_en & ram_user_amba_prot_writealloc__T_5_mask) begin
      ram_user_amba_prot_writealloc[ram_user_amba_prot_writealloc__T_5_addr] <= ram_user_amba_prot_writealloc__T_5_data; // @[Decoupled.scala 209:16:freechips.rocketchip.system.DefaultRV32Config.fir@33287.4]
    end
    if(ram_user_amba_prot_privileged__T_5_en & ram_user_amba_prot_privileged__T_5_mask) begin
      ram_user_amba_prot_privileged[ram_user_amba_prot_privileged__T_5_addr] <= ram_user_amba_prot_privileged__T_5_data; // @[Decoupled.scala 209:16:freechips.rocketchip.system.DefaultRV32Config.fir@33287.4]
    end
    if(ram_user_amba_prot_secure__T_5_en & ram_user_amba_prot_secure__T_5_mask) begin
      ram_user_amba_prot_secure[ram_user_amba_prot_secure__T_5_addr] <= ram_user_amba_prot_secure__T_5_data; // @[Decoupled.scala 209:16:freechips.rocketchip.system.DefaultRV32Config.fir@33287.4]
    end
    if(ram_user_amba_prot_fetch__T_5_en & ram_user_amba_prot_fetch__T_5_mask) begin
      ram_user_amba_prot_fetch[ram_user_amba_prot_fetch__T_5_addr] <= ram_user_amba_prot_fetch__T_5_data; // @[Decoupled.scala 209:16:freechips.rocketchip.system.DefaultRV32Config.fir@33287.4]
    end
    if(ram_mask__T_5_en & ram_mask__T_5_mask) begin
      ram_mask[ram_mask__T_5_addr] <= ram_mask__T_5_data; // @[Decoupled.scala 209:16:freechips.rocketchip.system.DefaultRV32Config.fir@33287.4]
    end
    if(ram_data__T_5_en & ram_data__T_5_mask) begin
      ram_data[ram_data__T_5_addr] <= ram_data__T_5_data; // @[Decoupled.scala 209:16:freechips.rocketchip.system.DefaultRV32Config.fir@33287.4]
    end
    if(ram_corrupt__T_5_en & ram_corrupt__T_5_mask) begin
      ram_corrupt[ram_corrupt__T_5_addr] <= ram_corrupt__T_5_data; // @[Decoupled.scala 209:16:freechips.rocketchip.system.DefaultRV32Config.fir@33287.4]
    end
    if (reset) begin
      _T <= 1'h0;
    end else if (do_enq) begin
      _T <= _T_8;
    end
    if (reset) begin
      _T_1 <= 1'h0;
    end else if (do_deq) begin
      _T_1 <= _T_11;
    end
    if (reset) begin
      maybe_full <= 1'h0;
    end else if (_T_12) begin
      maybe_full <= do_enq;
    end
  end
endmodule